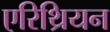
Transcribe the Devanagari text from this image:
एरिथ्रियन